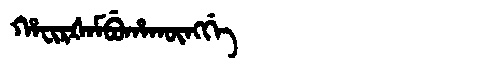
Manchu: ᡥᠠᠸᡳᡵᡧᠠᠮᠪᡠᡥᠠᡴᡡᠩᡤᡝ
Romanization: HAFIRŠAMBUHAKŪNGGE